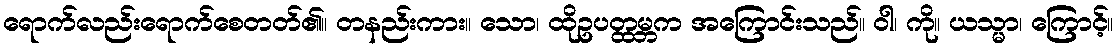
ရောက်လည်းရောက်စေတတ်၏။ တနည်းကား။ သော၊ ထိုဥပတ္ထမ္ဘက အကြောင်းသည်။ ဝါ၊ ကို။ ယသ္မာ၊ ကြောင့်။